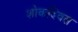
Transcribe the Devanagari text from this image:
शोकदिवस